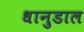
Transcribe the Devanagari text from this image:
धानुडाल